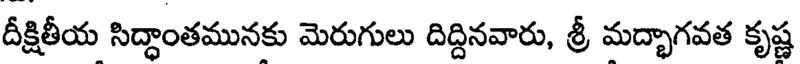
దీక్షితీయ సిద్ధాంతమునకు మెరుగులు దిద్దినవారు, శ్రీ మద్భాగవత కృష్ణ